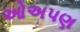
ઓઅપણ